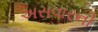
અસવારની